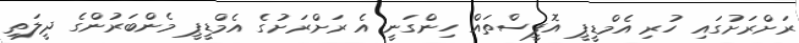
ރަށްރަށުގައި ހުރި އެމްޑީޕީ އޮފީސްތައް ހިންގަނީ އެ ރަށްރަށުގެ އެމްޑީޕީ މެންބަރުންގެ ދީލަތި